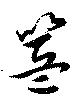
簋